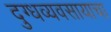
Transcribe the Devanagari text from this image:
दुग्धव्यवसायाचा